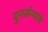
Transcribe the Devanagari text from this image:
पुनर्जन्मांचे